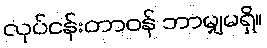
လုပ်ငန်းတာဝန် ဘာမျှမရှိ။